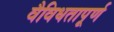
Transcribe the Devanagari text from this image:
वैविधतापूर्ण